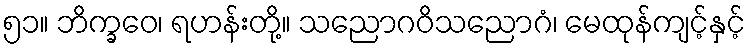
၅၁။ ဘိက္ခဝေ၊ ရဟန်းတို့။ သညောဂဝိသညောဂံ၊ မေထုန်ကျင့်နှင့်